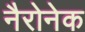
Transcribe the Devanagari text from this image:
नैरोनेक